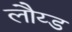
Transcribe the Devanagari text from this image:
लौय्ड